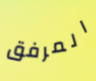
المرفق